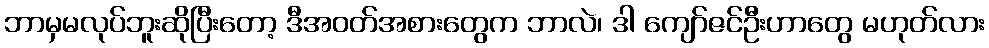
ဘာမှမလုပ်ဘူးဆိုပြီးတော့ ဒီအဝတ်အစားတွေက ဘာလဲ၊ ဒါ ကျော်ဇင်ဦးဟာတွေ မဟုတ်လား